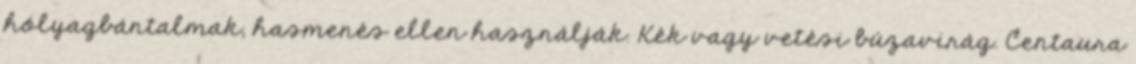
hólyagbántalmak, hasmenés ellen használják. Kék vagy vetési búzavirág. Centaura